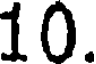
10.